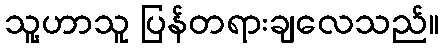
သူ့ဟာသူ ပြန်တရားချလေသည်။